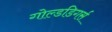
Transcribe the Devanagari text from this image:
गोल्डडिगर्स